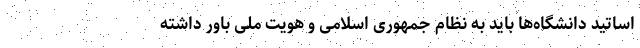
اساتید دانشگاه‌ها باید به نظام جمهوری اسلامی و هویت ملی باور داشته